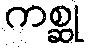
ကစ္ဆု